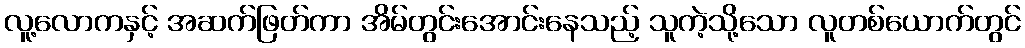
လူ့လောကနှင့် အဆက်ဖြတ်ကာ အိမ်တွင်းအောင်းနေသည့် သူကဲ့သို့သော လူတစ်ယောက်တွင်